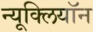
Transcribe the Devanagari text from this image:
न्यूक्लियॉन